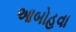
આબોહવા